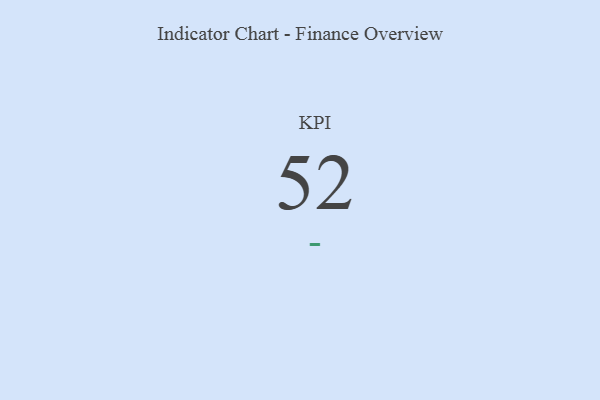
{"axis": {"x": "KPI", "y": "Value"}, "legend": [""], "data": [{"x": "KPI", "y": 52, "type": ""}]}